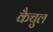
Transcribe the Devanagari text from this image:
कैचुल